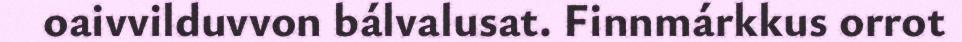
oaivvilduvvon bálvalusat. Finnmárkkus orrot